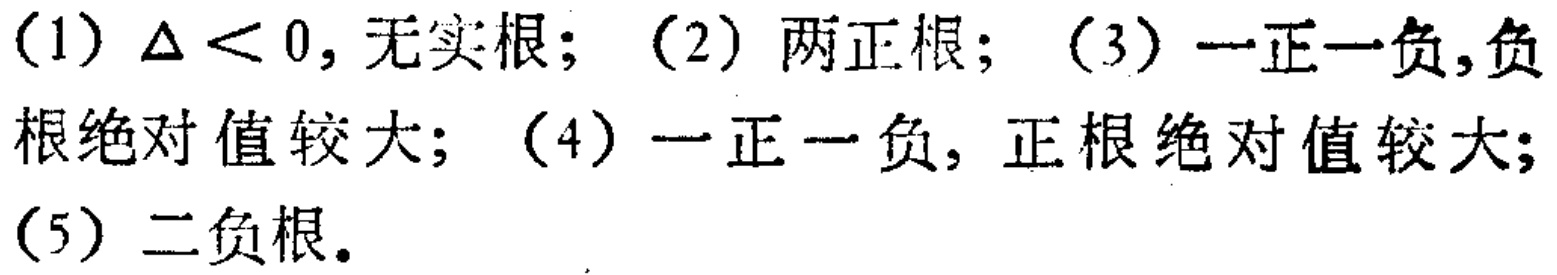
(1) $\Delta < 0$, 无实根; (2) 两正根; (3) 一正一负,负根绝对值较大; (4) 一正一负, 正根绝对值较大; (5) 二负根.